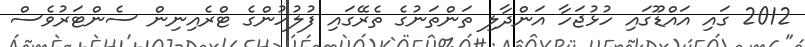
2012 ގައި އައްޑޫގައި ހުޅުޖަހާ އަންދާލި ތަންތަނުގެ ތެރޭގައި ފުލުހުންގެ ޓްރެއިނިން ސެންޓަރުވެސް